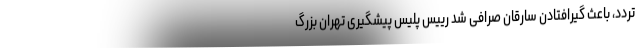
تردد، باعث گیرافتادن سارقان صرافی شد رییس پلیس پیشگیری تهران بزرگ